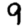
Digit: 9